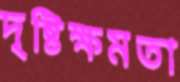
দৃষ্টিক্ষমতা